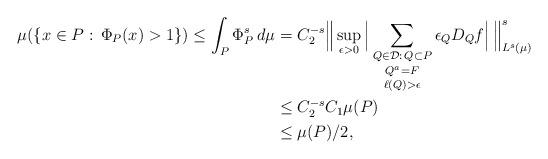
LaTeX: \begin{align*}\mu(\{x \in P: \, \Phi_P(x) > 1\}) \le \int_P \Phi_P^s\,d\mu &= C_2^{-s} \Big\| \sup_{\epsilon > 0} \Big| \mathop{\mathop{\sum_{Q \in \mathcal{D}:\, Q \subset P}}_{Q^a = F}}_{\ell(Q) > \epsilon} \epsilon_Q D_Q f \Big|\, \Big\|_{L^s(\mu)}^s \\&\le C_2^{-s}C_1\mu(P) \\ &\le \mu(P)/2,\end{align*}